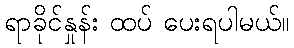
ရာခိုင်နှုန်း ထပ် ပေးရပါမယ်။